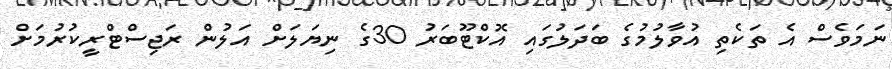
ނަމަވެސް އެ ތަކެތި އުވާލުމުގެ ބަދަލުގައި އޮކްޓޫބަރު 30ގެ ނިޔަލަށް އަލުން ރަޖިސްޓްރީކުރުމަށް